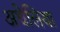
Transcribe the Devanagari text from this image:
अथेलिया